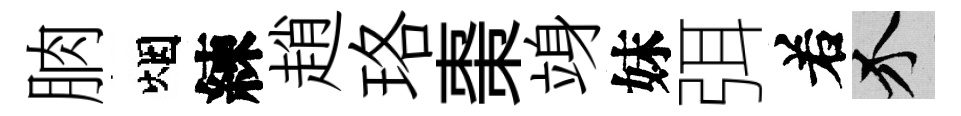
朒烟練趙珞棗竧妹弭𠰥介